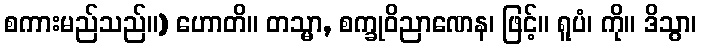
စကားမည်သည်။) ဟောတိ။ တသ္မာ, စက္ခုဝိညာဏေန၊ ဖြင့်။ ရူပံ၊ ကို။ ဒိသွာ၊